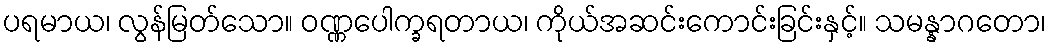
ပရမာယ၊ လွန်မြတ်သော။ ဝဏ္ဏပေါက္ခရတာယ၊ ကိုယ်အဆင်းကောင်းခြင်းနှင့်။ သမန္နာဂတော၊